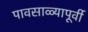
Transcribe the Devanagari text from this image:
पावसाळ्यापूर्वी